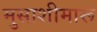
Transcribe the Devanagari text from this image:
मुसाशीमारू